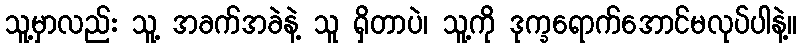
သူ့မှာလည်း သူ့ အခက်အခဲနဲ့ သူ ရှိတာပဲ၊ သူ့ကို ဒုက္ခရောက်အောင်မလုပ်ပါနဲ့။